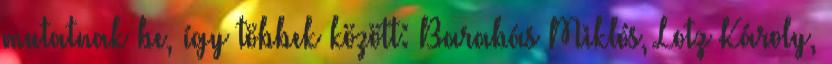
mutatnak be, így többek között: Barabás Miklós, Lotz Károly,